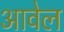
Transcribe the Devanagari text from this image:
आवेल